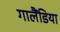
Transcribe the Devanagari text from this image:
गालैंडिया